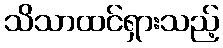
သိသာထင်ရှားသည့်